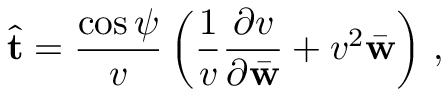
\hat { \bf t } = \frac { \cos \psi } { v } \left( \frac { 1 } { v } \frac { \partial v } { \partial \bar { \bf w } } + v ^ { 2 } \bar { \bf w } \right) \, ,